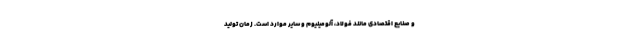
و صنایع اقتصادی مانند فولاد، آلومینیوم و سایر موارد است. زمان تولید